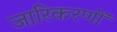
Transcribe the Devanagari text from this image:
जारिकरणों